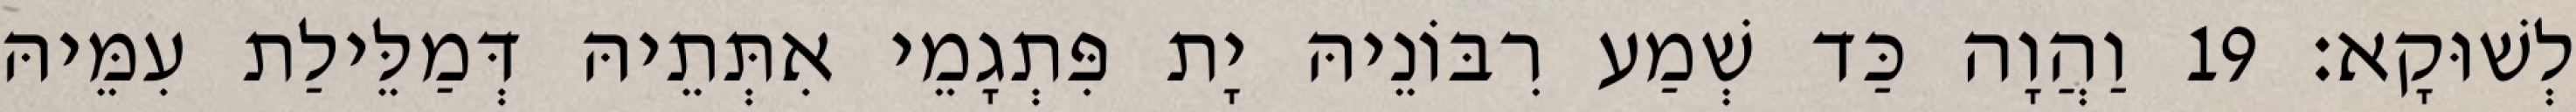
לְשׁוּקָא׃ 19 וַהֲוָה כַּד שְׁמַע רִבּוֹנֵיהּ יָת פִּתְגָמֵי אִתְּתֵיהּ דְּמַלֵּילַת עִמֵּיהּ